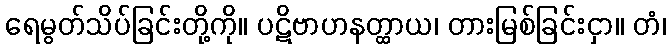
ရေမွတ်သိပ်ခြင်းတို့ကို။ ပဋိဗာဟနတ္ထာယ၊ တားမြစ်ခြင်းငှာ။ တံ၊